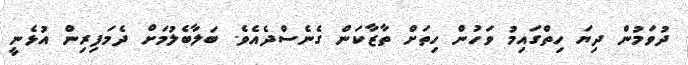
ދުވަމުން ދިޔަ ހިތްގައިމު ވަހުން ހިތަށް ތާޒާކަން ގެނެސްދެއެވެ. ބަލާބެލުމަށް ދެމަފިރިން އުޅެނީ